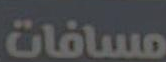
مسافات